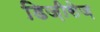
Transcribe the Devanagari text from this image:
डिज़ीसेज़